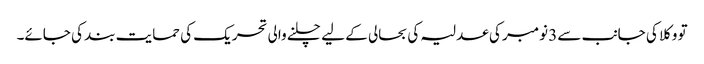
تو وکلا کی جانب سے3 نومبر کی عدلیہ کی بحالی کے لیے چلنے والی تحریک کی حمایت بند کی جائے۔